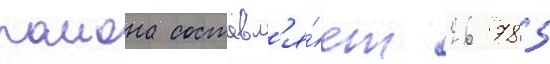
раиона составл'я́ет 26 785